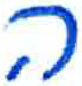
אות: ה